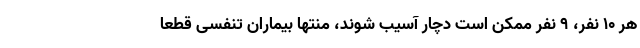
هر ۱۰ نفر، ۹ نفر ممکن است دچار آسیب شوند، منتها بیماران تنفسی قطعاً